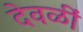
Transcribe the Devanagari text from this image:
देवळीं